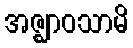
အဇ္ဈာဝသာမိ